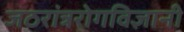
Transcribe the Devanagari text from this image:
जठरांत्ररोगविज्ञानी